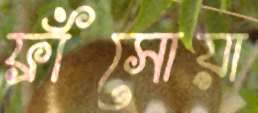
ফ্রাঁসোয়া